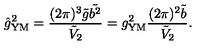
\hat { g } _ { \mathrm { Y M } } ^ { 2 } = \frac { ( 2 \pi ) ^ { 3 } \tilde { g } \tilde { b ^ { 2 } } } { \tilde { V } _ { 2 } } = g _ { \mathrm { Y M } } ^ { 2 } \frac { ( 2 \pi ) ^ { 2 } \tilde { b } } { \tilde { V } _ { 2 } } .